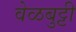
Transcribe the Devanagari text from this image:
वेळबुट्टी